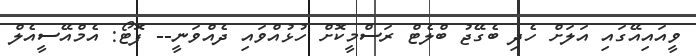
ވީއައިއޭގައި އަލަށް ހެދި ބެގޭޖު ބްލެޓް ރަސްމީކޮށް ހުޅުއްވައި ދެއްވަނީ-- ފޮޓޯ: އެމްއޭސީއެލް